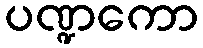
ပဏ္ဍကော